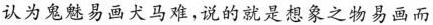
认为鬼魅易画犬马难,说的就是想察是场易画而